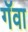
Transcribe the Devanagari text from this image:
गॅवा